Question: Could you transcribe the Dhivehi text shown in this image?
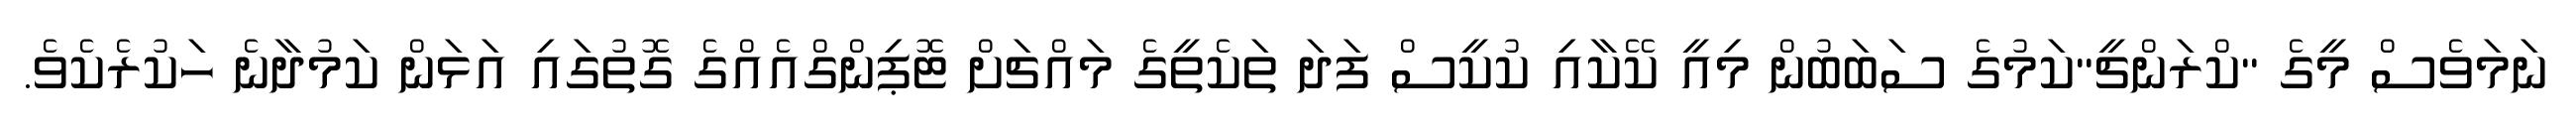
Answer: ނަމަވެސް މީގެ "ކްރަންޗީ"ކަމުގެ ސަބަބުން މިއީ ކޭކާއި ކުކީސް ފަދަ ތަކެތީގެ މައްޗަށް ޓޮޕިންގްއެއްގެ ގޮތުގައި އަޅަން ކަމުދާނެ ހަކުރެކެވެ.